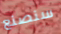
سنصنع